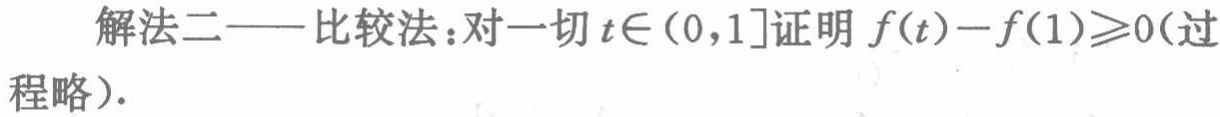
解法二——比较法：对一切\(t\in(0,1]\)证明 \(f(t)-f(1)\geqslant0\)(过程略).